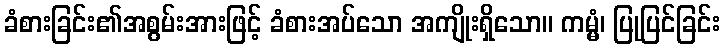
ခံစားခြင်း၏အစွမ်းအားဖြင့် ခံစားအပ်သော အကျိုးရှိသော။ ကမ္မံ၊ ပြုပြင်ခြင်း